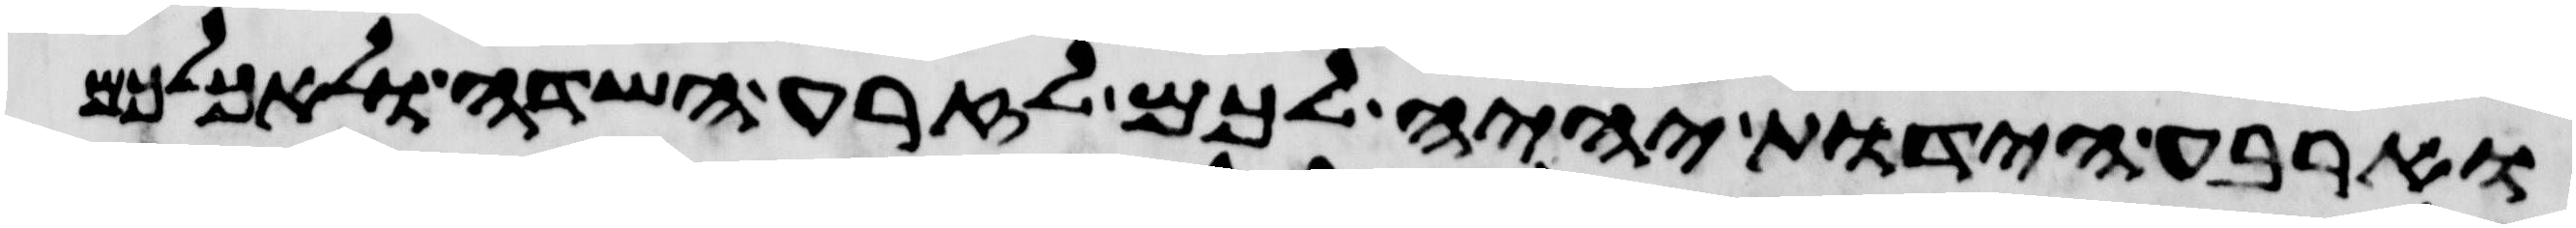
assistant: וארבע הידות יהיה לכם לזרע השדה ולאכלכם